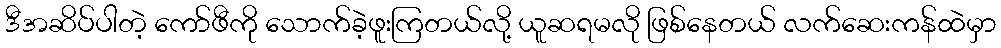
ဒီအဆိပ်ပါတဲ့ ကော်ဖီကို သောက်ခဲ့ဖူးကြတယ်လို့ ယူဆရမလို ဖြစ်နေတယ် လက်ဆေးကန်ထဲမှာ